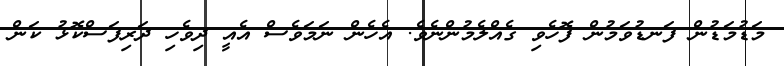
މަޑުމަޑުން ފަނޑުވަމުން ފޮހެވި ގެއްލެމުންނެވެ. އެހެން ނަމަވެސް އެއީ ދިވެހި ދަރިފަސްކޮޅު ކަން